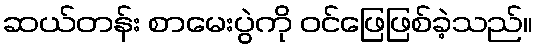
ဆယ်တန်း စာမေးပွဲကို ဝင်ဖြေဖြစ်ခဲ့သည်။